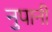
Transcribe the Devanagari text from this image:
नुपानी